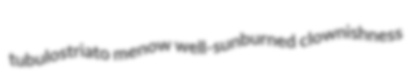
tubulostriato menow well-sunburned clownishness